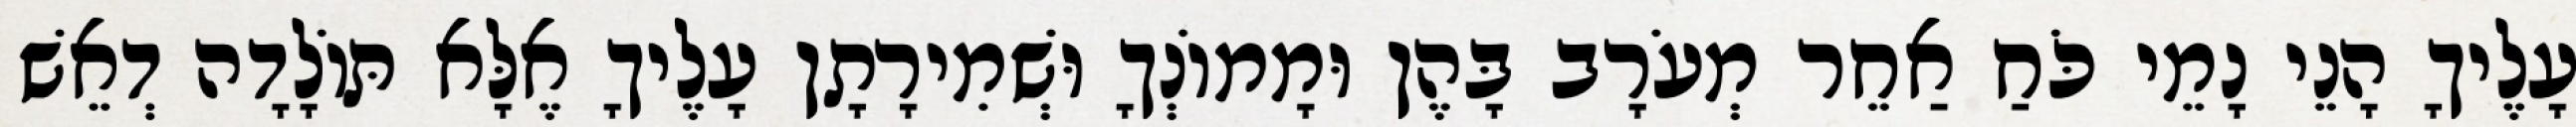
עָלֶיךָ הָנֵי נָמֵי כֹּחַ אַחֵר מְעֹרָב בָּהֶן וּמָמוֹנְךָ וּשְׁמִירָתָן עָלֶיךָ אֶלָּא תּוֹלָדָה דְאֵשׁ